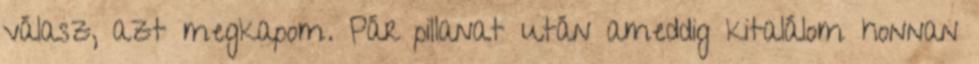
válasz, azt megkapom. Pár pillanat után ameddig kitalálom honnan